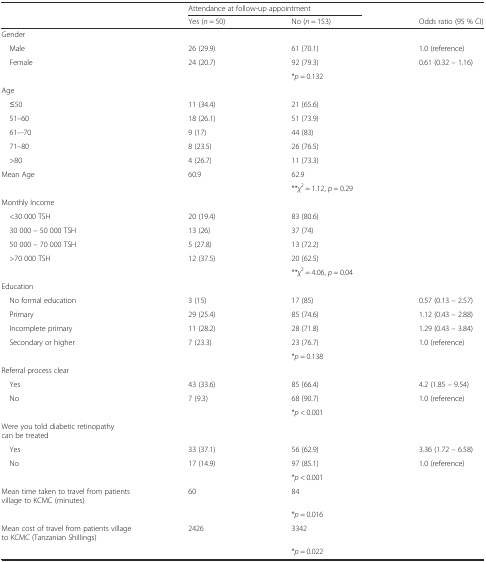
<table><thead><tr><td></td><td colspan="2"><b>Attendance at follow-up appointment</b></td><td></td></tr><tr><td></td><td><b>Yes (<i>n</i> = 50)</b></td><td><b>No (<i>n</i> = 153)</b></td><td><b>Odds ratio (95 % CI)</b></td></tr></thead><tbody><tr><td>Gender</td><td></td><td></td><td></td></tr><tr><td> Male</td><td>26 (29.9)</td><td>61 (70.1)</td><td>1.0 (reference)</td></tr><tr><td> Female</td><td>24 (20.7)</td><td>92 (79.3)</td><td>0.61 (0.32 – 1.16)</td></tr><tr><td></td><td></td><td>*<i>p</i> = 0.132</td><td></td></tr><tr><td>Age</td><td></td><td></td><td></td></tr><tr><td> ≤50</td><td>11 (34.4)</td><td>21 (65.6)</td><td></td></tr><tr><td> 51–60</td><td>18 (26.1)</td><td>51 (73.9)</td><td></td></tr><tr><td> 61–-70</td><td>9 (17)</td><td>44 (83)</td><td></td></tr><tr><td> 71–80</td><td>8 (23.5)</td><td>26 (76.5)</td><td></td></tr><tr><td> &gt;80</td><td>4 (26.7)</td><td>11 (73.3)</td><td></td></tr><tr><td>Mean Age</td><td>60.9</td><td>62.9</td><td></td></tr><tr><td></td><td></td><td>**<i>χ</i><sup>2</sup> = 1.12, <i>p</i> = 0.29</td><td></td></tr><tr><td>Monthly Income</td><td></td><td></td><td></td></tr><tr><td> &lt;30 000 TSH</td><td>20 (19.4)</td><td>83 (80.6)</td><td></td></tr><tr><td> 30 000 – 50 000 TSH</td><td>13 (26)</td><td>37 (74)</td><td></td></tr><tr><td> 50 000 – 70 000 TSH</td><td>5 (27.8)</td><td>13 (72.2)</td><td></td></tr><tr><td> &gt;70 000 TSH</td><td>12 (37.5)</td><td>20 (62.5)</td><td></td></tr><tr><td></td><td></td><td>**<i>χ</i><sup>2</sup> = 4.06, <i>p</i> = 0.04</td><td></td></tr><tr><td>Education</td><td></td><td></td><td></td></tr><tr><td> No formal education</td><td>3 (15)</td><td>17 (85)</td><td>0.57 (0.13 – 2.57)</td></tr><tr><td> Primary</td><td>29 (25.4)</td><td>85 (74.6)</td><td>1.12 (0.43 – 2.88)</td></tr><tr><td> Incomplete primary</td><td>11 (28.2)</td><td>28 (71.8)</td><td>1.29 (0.43 – 3.84)</td></tr><tr><td> Secondary or higher</td><td>7 (23.3)</td><td>23 (76.7)</td><td>1.0 (reference)</td></tr><tr><td></td><td></td><td>*<i>p</i> = 0.138</td><td></td></tr><tr><td>Referral process clear</td><td></td><td></td><td></td></tr><tr><td> Yes</td><td>43 (33.6)</td><td>85 (66.4)</td><td>4.2 (1.85 – 9.54)</td></tr><tr><td> No</td><td>7 (9.3)</td><td>68 (90.7)</td><td>1.0 (reference)</td></tr><tr><td></td><td></td><td>*<i>p</i> &lt; 0.001</td><td></td></tr><tr><td>Were you told diabetic retinopathy can be treated</td><td></td><td></td><td></td></tr><tr><td> Yes</td><td>33 (37.1)</td><td>56 (62.9)</td><td>3.36 (1.72 – 6.58)</td></tr><tr><td> No</td><td>17 (14.9)</td><td>97 (85.1)</td><td>1.0 (reference)</td></tr><tr><td></td><td></td><td>*<i>p</i> &lt; 0.001</td><td></td></tr><tr><td>Mean time taken to travel from patients village to KCMC (minutes)</td><td>60</td><td>84</td><td></td></tr><tr><td></td><td></td><td>*<i>p</i> = 0.016</td><td></td></tr><tr><td>Mean cost of travel from patients village to KCMC (Tanzanian Shillings)</td><td>2426</td><td>3342</td><td></td></tr><tr><td></td><td></td><td>*<i>p</i> = 0.022</td><td></td></tr></tbody></table>